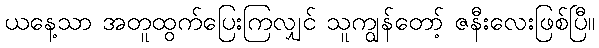
ယနေ့သာ အတူထွက်ပြေးကြလျှင် သူကျွန်တော့် ဇနီးလေးဖြစ်ပြီ။